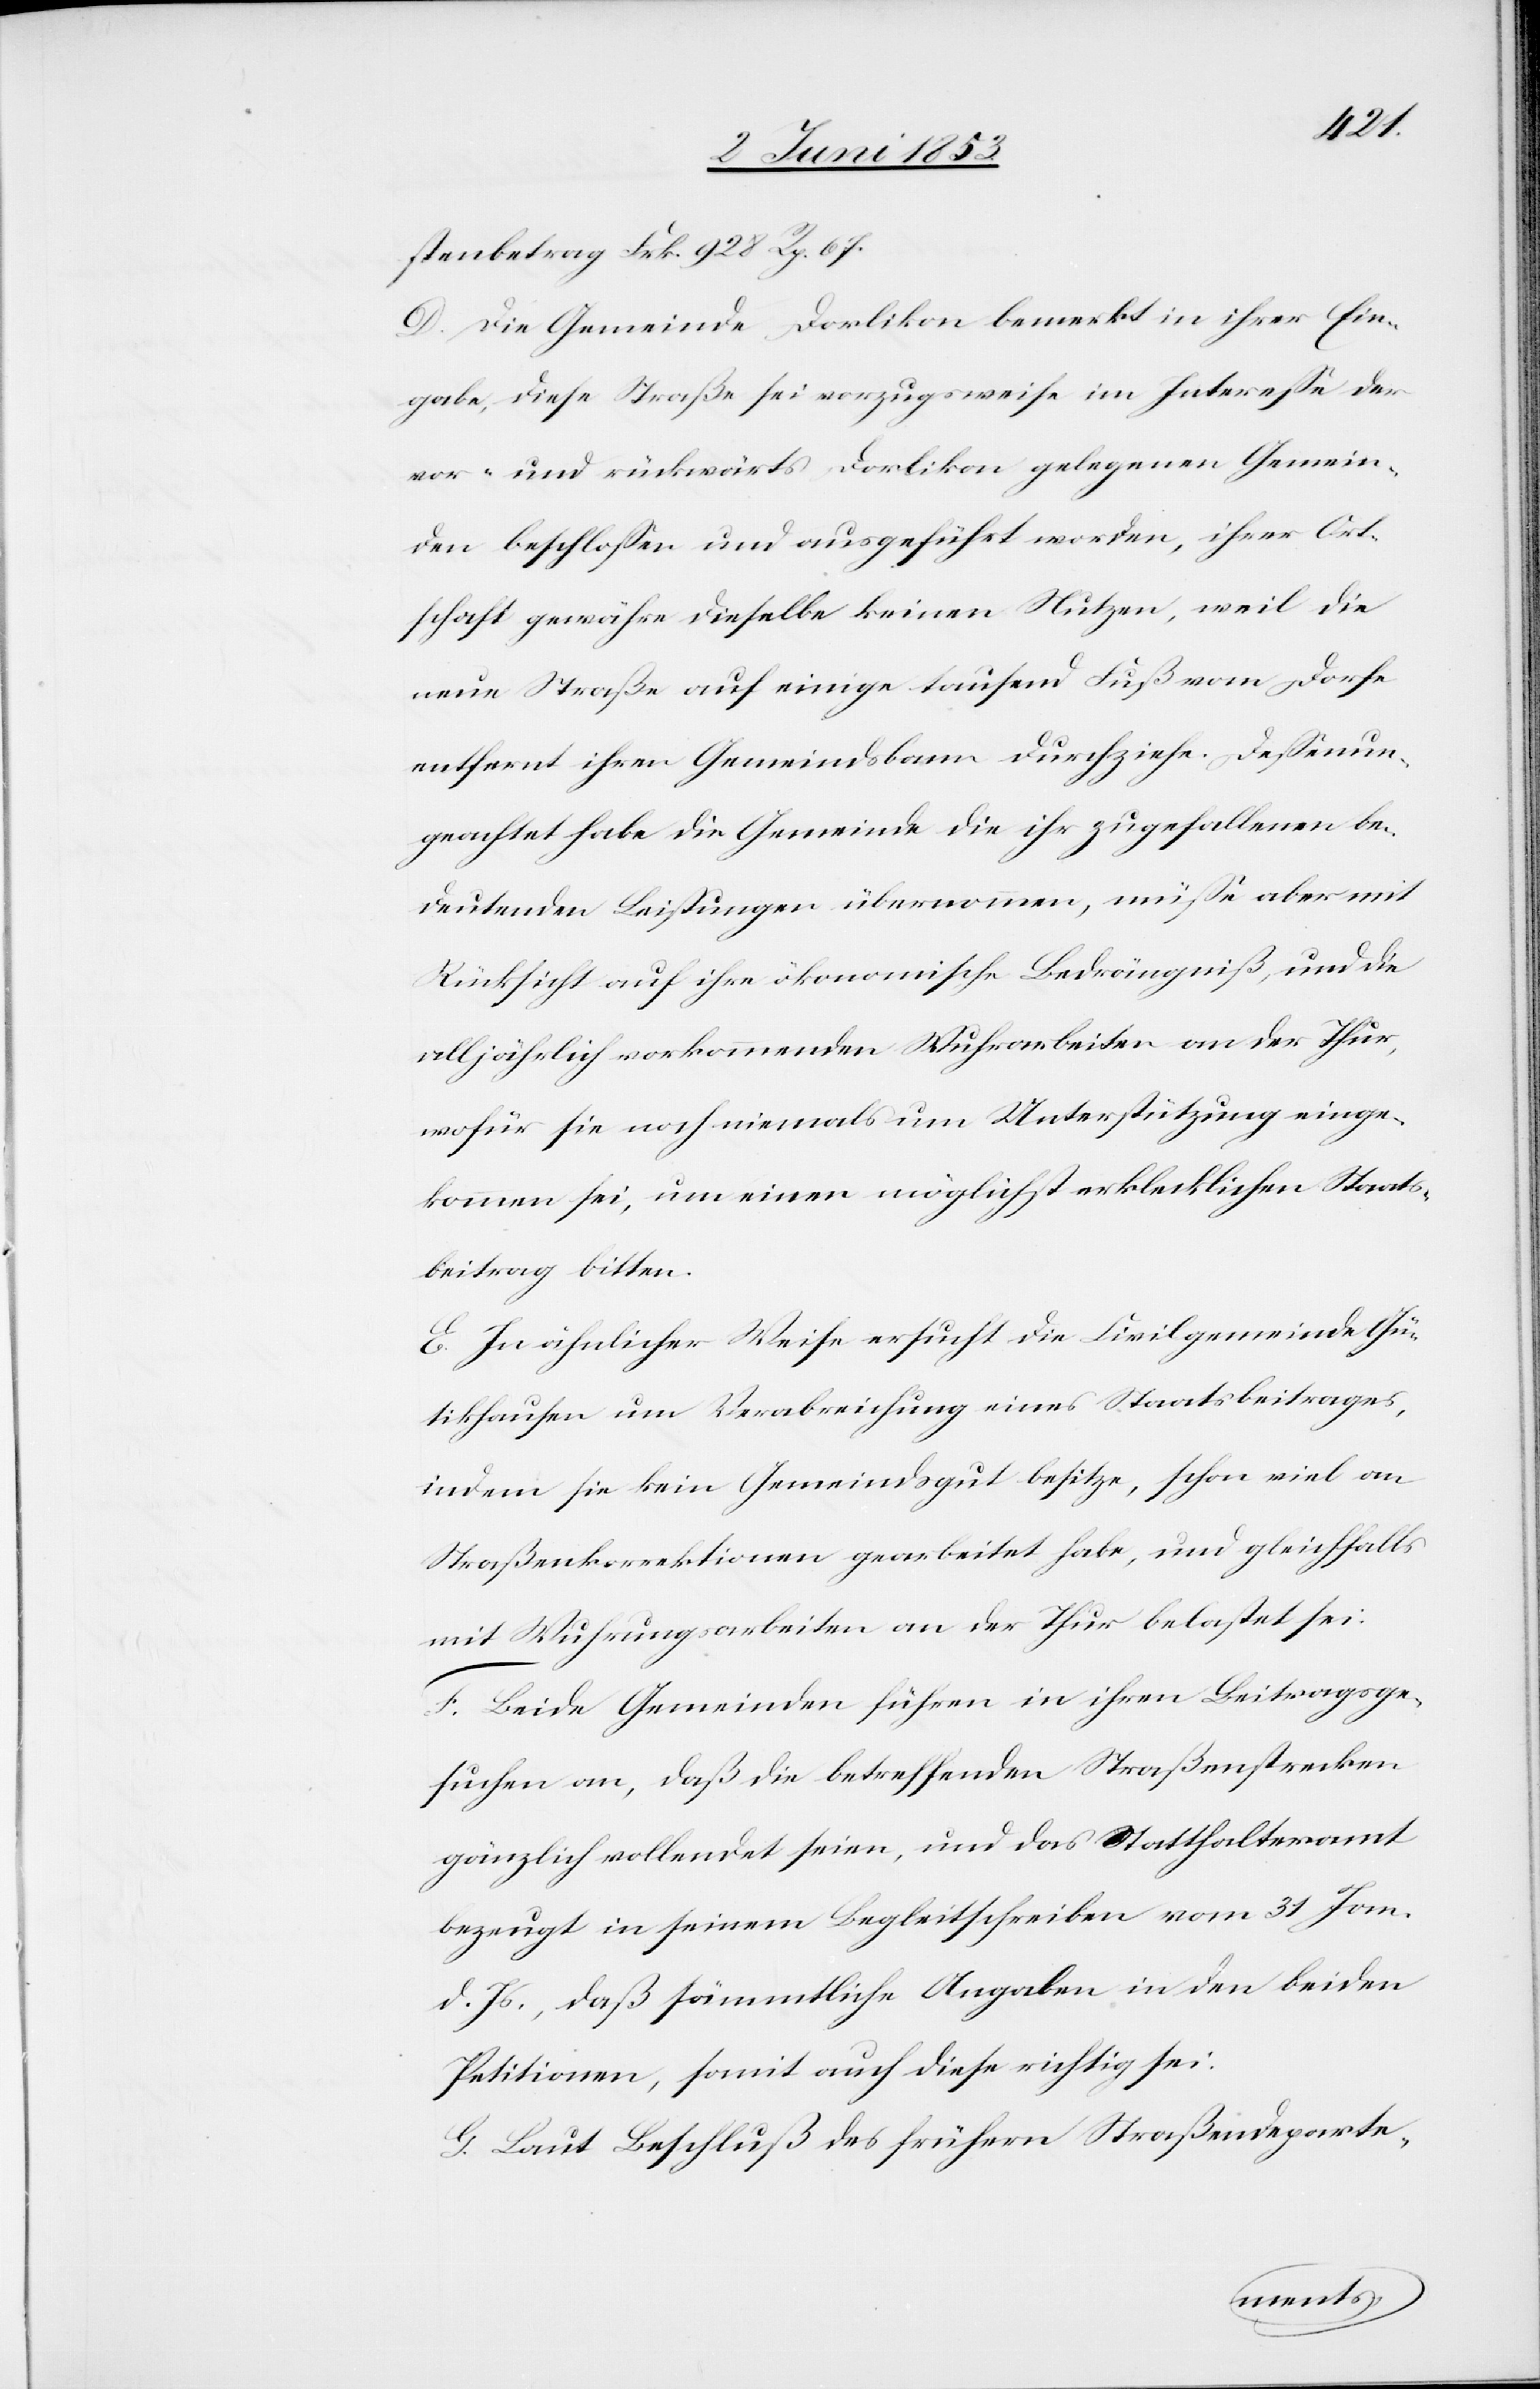
stenbetrag Frk. 928 Rp. 67.
D. Die Gemeinde Dorlikon bemerkt in ihrer Ein¬
gabe, diese Straße sei vorzugsweise im Intereße der
vor- und rückwärts Dorlikon gelegenen Gemein¬
den beschloßen und ausgeführt worden, ihrer Ort¬
schaft gewähre dieselbe keinen Nutzen, weil die
neue Straße auf einige tausend Fuß vom Dorfe
entfernt ihren Gemeindsbann durchziehe. Deßenun¬
geachtet habe die Gemeinde die ihr zugefallenen be¬
deutenden Leistungen übernommen, müße aber mit
Rücksicht auf ihre ökonomische Bedrängniß, und die
volljährlich vorkommenden Wuhrarbeiten an der Thur,
wofür sie noch einmal um Unterstützung einge¬
kommen sei, um einen möglichst erklecklichen Staats¬
beitrag bitten.
E. In ähnlicher Weise ersucht die Civilgemeinde Gü¬
tikhausen um Verabreichung eines Staatsbeitrages,
indem sie kein Gemeindgut besitze, schon viel an
Straßenkorrektionen gearbeitet habe, und gleichfalls
mit Wuhrungsarbeiten an der Thur belastet sei.
F. Beide Gemeinden führen in ihren Beitragsge¬
suchen an, daß die betreffenden Straßenstrecken
gänzlich vollendet seien, und das Statthalteramt
bezeugt in seinem Begleitschreiben vom 31 Jan.
d. Js. daß sämmtliche Angaben in den beiden
Petitionen, somit auch diese richtig sei.
G. Laut Beschluß des frühern Straßendeparte-